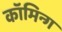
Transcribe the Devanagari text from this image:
कॉमिन्ग